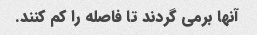
آنها برمی گردند تا فاصله را کم کنند.